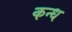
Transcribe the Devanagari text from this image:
कन्ध